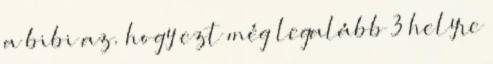
a bibi az. hogy ezt még legalább 3 helyre